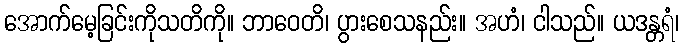
အောက်မေ့ခြင်းကိုသတိကို။ ဘာဝေတိ၊ ပွားစေသနည်း။ အဟံ၊ ငါသည်။ ယဒန္တရံ၊